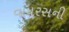
વાયરસની